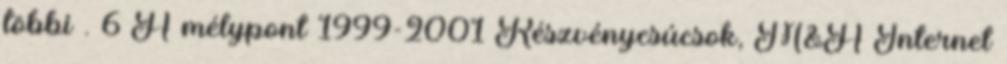
többi . 6 A mélypont 1999-2001 Részvénycsúcsok, M&A Internet